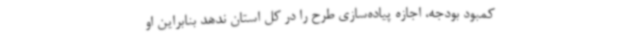
کمبود بودجه، اجازه پیاده‌سازی طرح را در کل استان ندهد بنابراین او